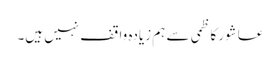
عاشور کاظمی سے ہم زیادہ واقف نہیں ہیں۔